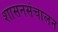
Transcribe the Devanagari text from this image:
शासनसंचालन